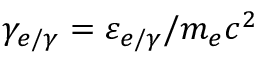
\gamma _ { e / \gamma } = \varepsilon _ { e / \gamma } / m _ { e } c ^ { 2 }